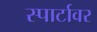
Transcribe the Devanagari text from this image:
स्पार्टावर